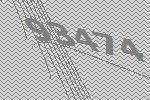
93474